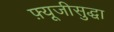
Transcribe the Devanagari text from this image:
फ़्यूजीसुद्धा